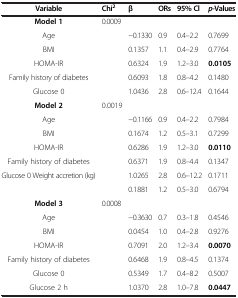
<table><thead><tr><td><b>Variable</b></td><td><b>Chi<sup>2</sup></b></td><td><b>β</b></td><td><b>ORs</b></td><td><b>95% Cl</b></td><td><b><i>p</i>-Values</b></td></tr></thead><tbody><tr><td><b>Model 1</b></td><td>0.0009</td><td> </td><td> </td><td> </td><td> </td></tr><tr><td>Age</td><td> </td><td>−0.1330</td><td>0.9</td><td>0.4–2.2</td><td>0.7699</td></tr><tr><td>BMI</td><td> </td><td>0.1357</td><td>1.1</td><td>0.4–2.9</td><td>0.7764</td></tr><tr><td>HOMA-IR</td><td> </td><td>0.6324</td><td>1.9</td><td>1.2–3.0</td><td><b>0.0105</b></td></tr><tr><td>Family history of diabetes</td><td> </td><td>0.6093</td><td>1.8</td><td>0.8–4.2</td><td>0.1480</td></tr><tr><td>Glucose 0</td><td> </td><td>1.0436</td><td>2.8</td><td>0.6–12.4</td><td>0.1644</td></tr><tr><td><b>Model 2</b></td><td>0.0019</td><td> </td><td> </td><td> </td><td> </td></tr><tr><td>Age</td><td> </td><td>−0.1166</td><td>0.9</td><td>0.4–2.2</td><td>0.7984</td></tr><tr><td>BMI</td><td> </td><td>0.1674</td><td>1.2</td><td>0.5–3.1</td><td>0.7299</td></tr><tr><td>HOMA-IR</td><td> </td><td>0.6286</td><td>1.9</td><td>1.2–3.0</td><td><b>0.0110</b></td></tr><tr><td>Family history of diabetes</td><td> </td><td>0.6371</td><td>1.9</td><td>0.8–4.4</td><td>0.1347</td></tr><tr><td rowspan="2">Glucose 0 Weight accretion (kg)</td><td rowspan="2"> </td><td>1.0265</td><td>2.8</td><td>0.6–12.2</td><td>0.1711</td></tr><tr><td>0.1881</td><td>1.2</td><td>0.5–3.0</td><td>0.6794</td></tr><tr><td><b>Model 3</b></td><td>0.0008</td><td> </td><td> </td><td> </td><td> </td></tr><tr><td>Age</td><td> </td><td>−0.3630</td><td>0.7</td><td>0.3–1.8</td><td>0.4546</td></tr><tr><td>BMI</td><td> </td><td>0.0454</td><td>1.0</td><td>0.4–2.8</td><td>0.9276</td></tr><tr><td>HOMA-IR</td><td> </td><td>0.7091</td><td>2.0</td><td>1.2–3.4</td><td><b>0.0070</b></td></tr><tr><td>Family history of diabetes</td><td> </td><td>0.6468</td><td>1.9</td><td>0.8–4.5</td><td>0.1374</td></tr><tr><td>Glucose 0</td><td> </td><td>0.5349</td><td>1.7</td><td>0.4–8.2</td><td>0.5007</td></tr><tr><td>Glucose 2 h</td><td> </td><td>1.0370</td><td>2.8</td><td>1.0–7.8</td><td><b>0.0447</b></td></tr></tbody></table>